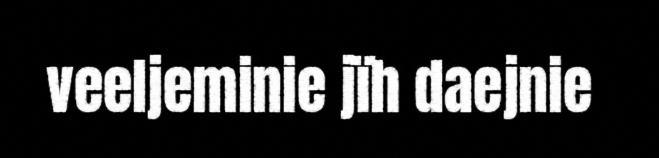
veeljeminie jïh daejnie